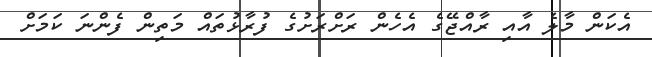
އެކަން މާލެ އާއި ރާއްޖޭގެ އެހެން ރަށްރަށުގެ ފުރާޅުތައް މަތިން ފެންނަ ކަމަށް